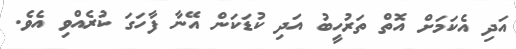
އަދި އެކަމަށް އޮތް ތަރުހީބު އަދި ކުޑަކަން އޭނާ ފާހަގަ ކުރެއްވި އެވެ.